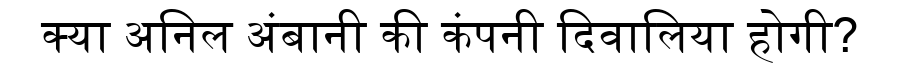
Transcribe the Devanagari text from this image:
क्या अनिल अंबानी की कंपनी दिवालिया होगी?